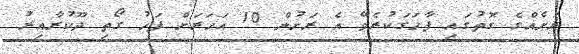
ރަށެއްގެ ގޮތުގައި ފާހަގަކުރެވޭ އެ ރަށުން 10 އަހަރަށް ފަހު ގޯތި ދޫކުރާއިރު